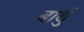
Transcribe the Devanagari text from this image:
बार्थु